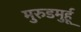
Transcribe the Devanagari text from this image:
मुरुडमुर्हू